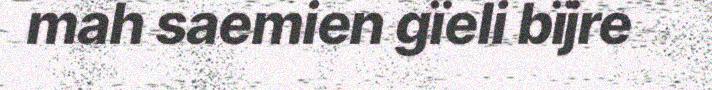
mah saemien gïeli bïjre